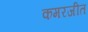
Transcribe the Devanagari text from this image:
कमरजीत